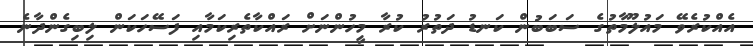
އެއްކުރެވޭ މައުލޫމާތުގެ ސަބަބުން ކަނޑު ދަތުރު ކުރާ މީހުންނަށް ރައްކާތެރިކަމާއި ފަސޭހަކަން ލިބިގެންދާނެ